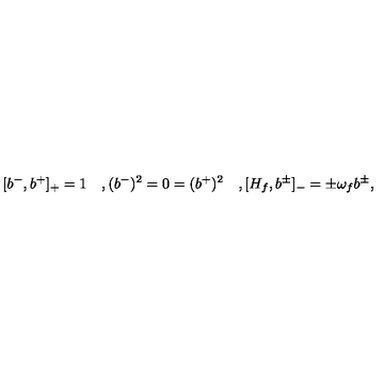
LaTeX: [ b ^ { - } , b ^ { + } ] _ { + } = 1 \quad , ( b ^ { - } ) ^ { 2 } = 0 = ( b ^ { + } ) ^ { 2 } \quad , [ H _ { f } , b ^ { \pm } ] _ { - } = \pm \omega _ { f } b ^ { \pm } ,